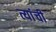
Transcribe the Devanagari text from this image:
त्यांंची